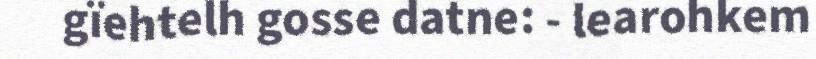
gïehtelh gosse datne: - learohkem